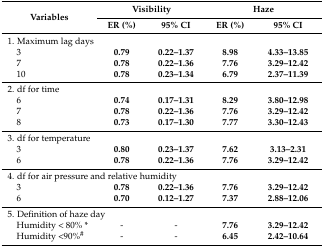
<table><thead><tr><td rowspan="2"><b>Variables</b></td><td colspan="2"><b>Visibility</b></td><td colspan="2"><b>Haze</b></td></tr><tr><td><b>ER (%)</b></td><td><b>95% CI</b></td><td><b>ER (%)</b></td><td><b>95% CI</b></td></tr></thead><tbody><tr><td colspan="3">1. Maximum lag days</td><td></td><td></td></tr><tr><td>3</td><td><b>0.79</b></td><td><b>0.22–1.37</b></td><td><b>8.98</b></td><td><b>4.33–13.85</b></td></tr><tr><td>7</td><td><b>0.78</b></td><td><b>0.22–1.36</b></td><td><b>7.76</b></td><td><b>3.29–12.42</b></td></tr><tr><td>10</td><td><b>0.78</b></td><td><b>0.23–1.34</b></td><td><b>6.79</b></td><td><b>2.37–11.39</b></td></tr><tr><td colspan="3">2. df for time</td><td></td><td></td></tr><tr><td>6</td><td><b>0.74</b></td><td><b>0.17–1.31</b></td><td><b>8.29</b></td><td><b>3.80–12.98</b></td></tr><tr><td>7</td><td><b>0.78</b></td><td><b>0.22–1.36</b></td><td><b>7.76</b></td><td><b>3.29–12.42</b></td></tr><tr><td>8</td><td><b>0.73</b></td><td><b>0.17–1.30</b></td><td><b>7.77</b></td><td><b>3.30–12.43</b></td></tr><tr><td colspan="3">3. df for temperature</td><td></td><td></td></tr><tr><td>3</td><td><b>0.80</b></td><td><b>0.23–1.37</b></td><td><b>7.62</b></td><td><b>3.13–2.31</b></td></tr><tr><td>6</td><td><b>0.78</b></td><td><b>0.22–1.36</b></td><td><b>7.76</b></td><td><b>3.29–12.42</b></td></tr><tr><td colspan="3">4. df for air pressure and relative humidity</td><td></td><td></td></tr><tr><td>3</td><td><b>0.78</b></td><td><b>0.22–1.36</b></td><td><b>7.76</b></td><td><b>3.29–12.42</b></td></tr><tr><td>6</td><td><b>0.70</b></td><td><b>0.12–1.27</b></td><td><b>7.37</b></td><td><b>2.88–12.06</b></td></tr><tr><td colspan="2">5. Definition of haze day</td><td></td><td></td><td></td></tr><tr><td>Humidity &lt; 80% *</td><td>-</td><td>-</td><td><b>7.76</b></td><td><b>3.29–12.42</b></td></tr><tr><td>Humidity &lt;90%<sup>#</sup></td><td>-</td><td>-</td><td><b>6.45</b></td><td><b>2.42–10.64</b></td></tr></tbody></table>